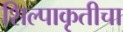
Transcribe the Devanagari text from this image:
शिल्पाकृतीचा